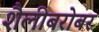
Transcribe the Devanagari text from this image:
शैलीबरोबर